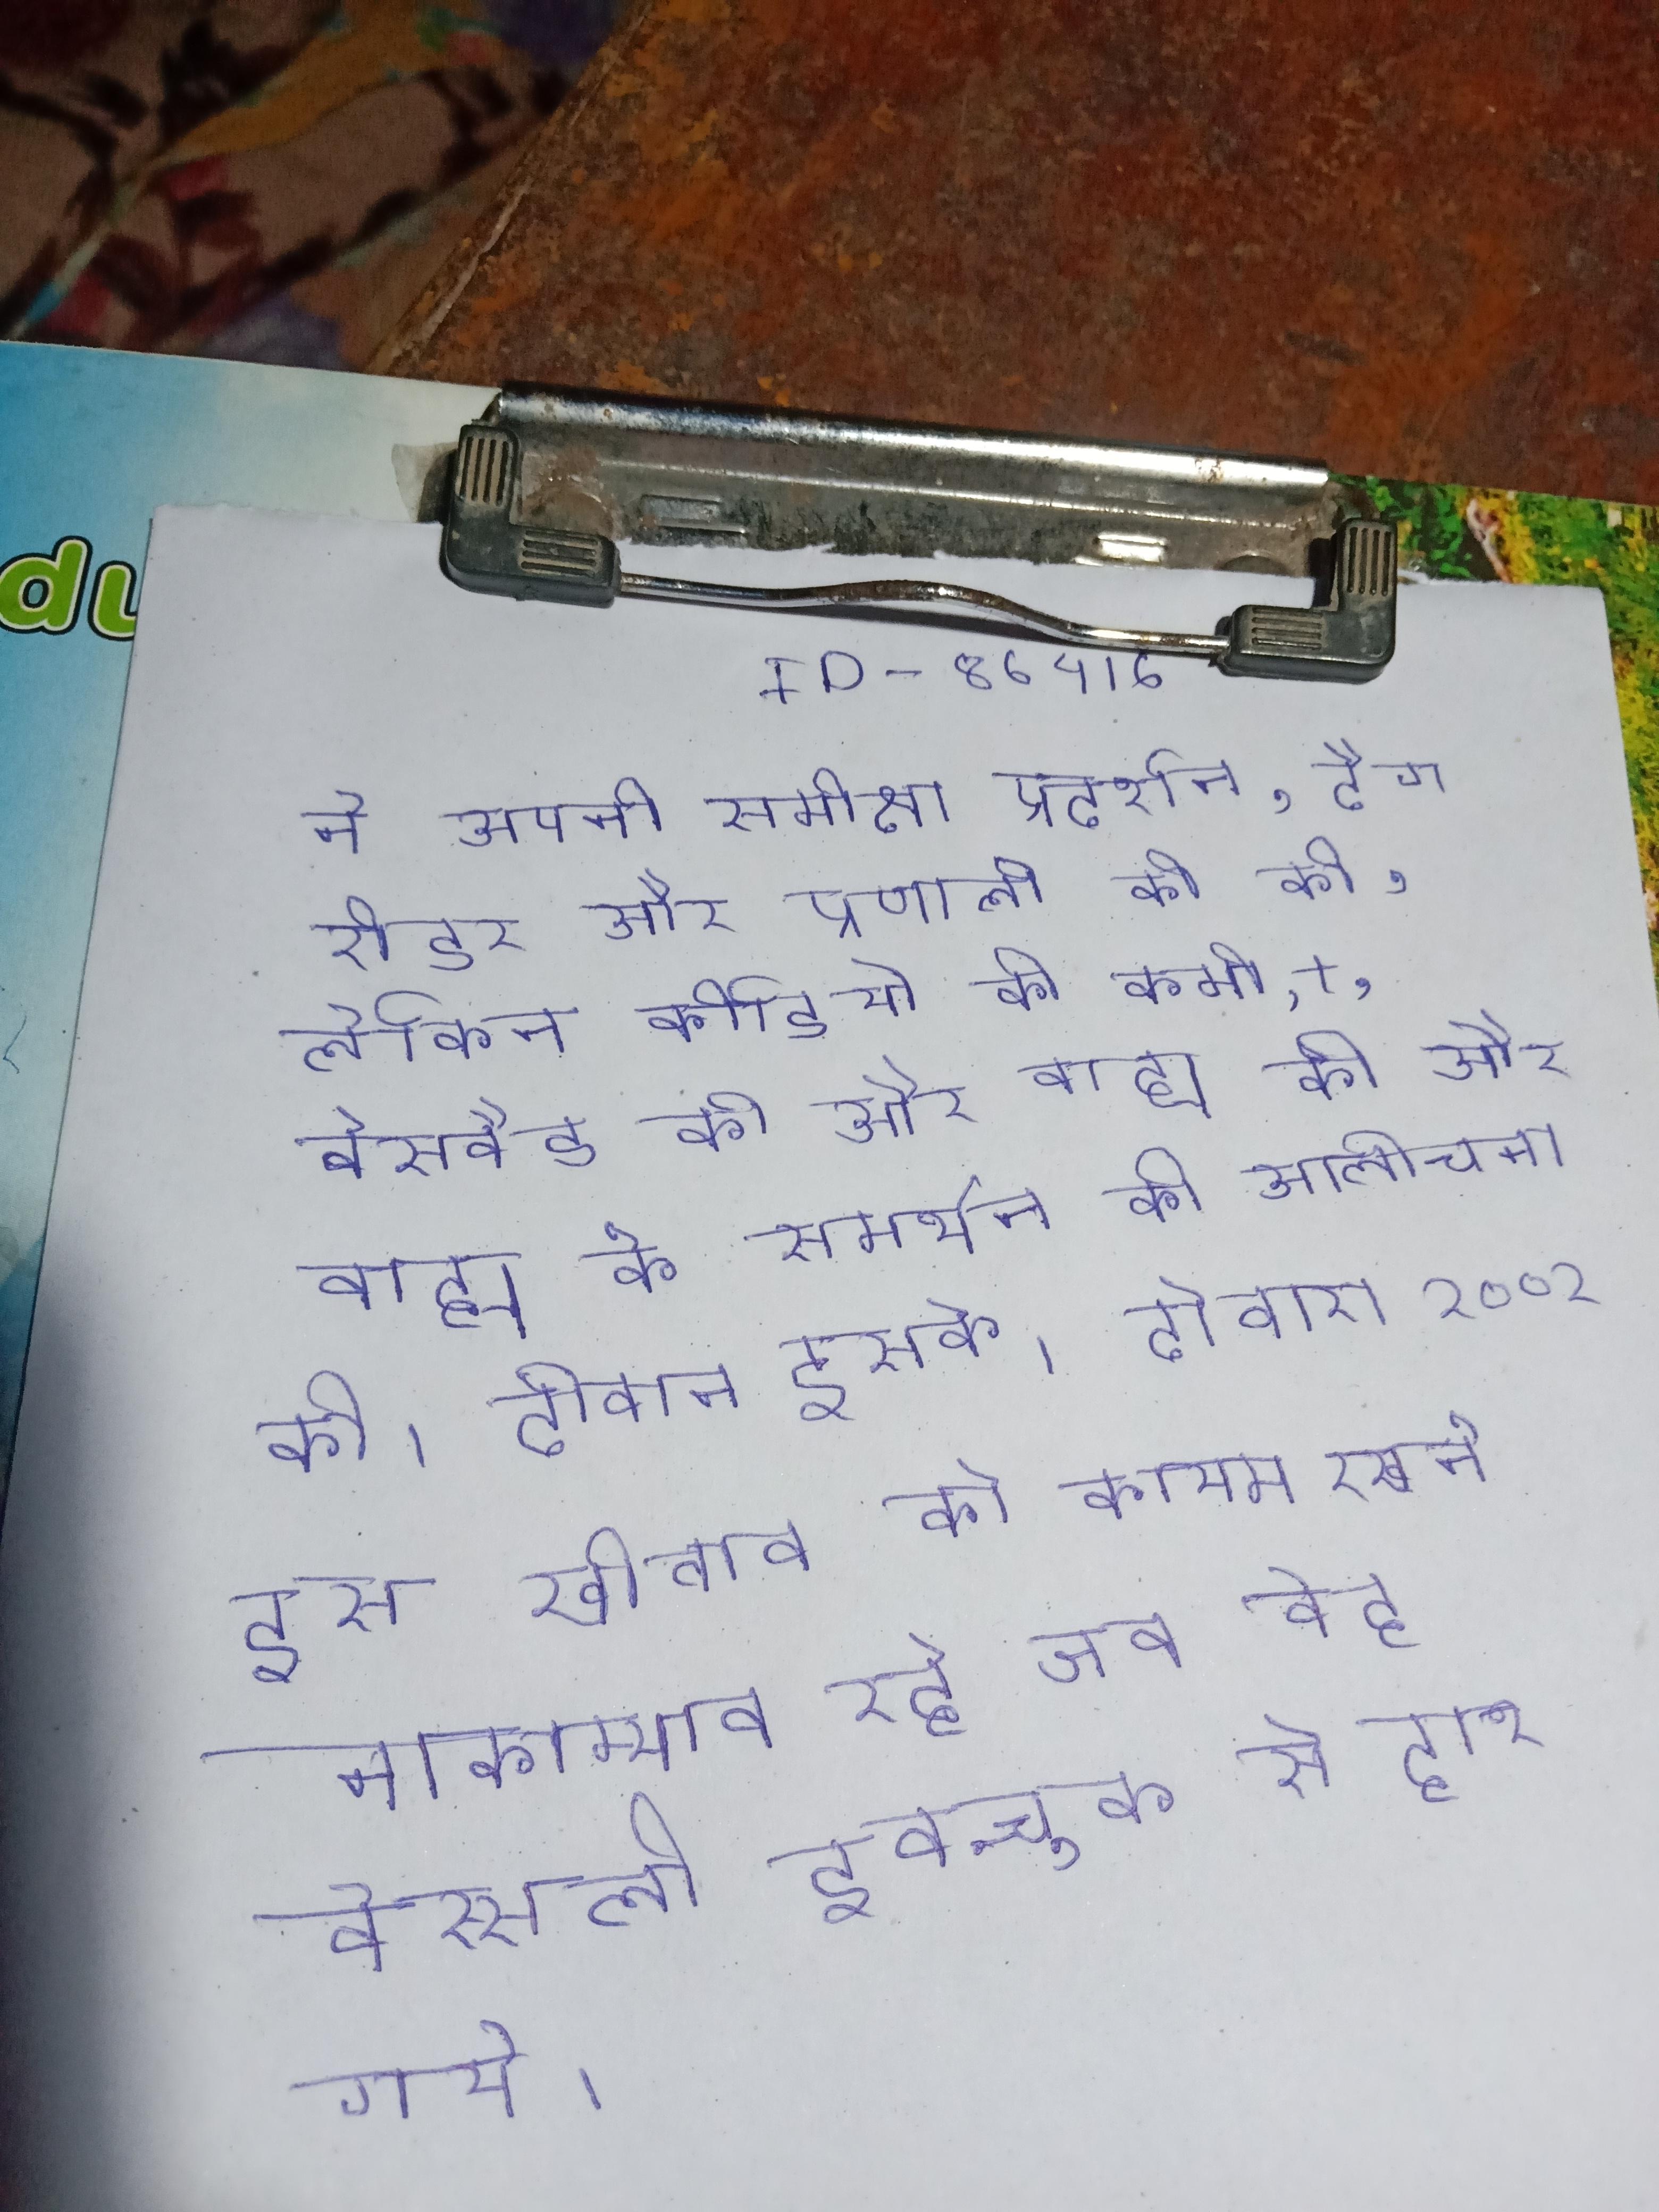
ने अपनी समीक्षा प्रदर्शन, टैग रीडर और प्रणाली की की, लेकिन वीडियो की कमी, +, बेसबैड की और बाह्य के समर्थन की आलोचना की । दीवान इसके । दोबारा २००२ इस खीताब को कायम रखने नाकाम्याब रहे जब वेह वेस्सली इवन्चुक से हार गये ।